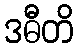
ဒဓီတိ